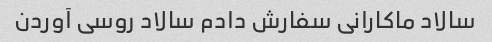
سالاد ماکارانی سفارش دادم سالاد روسی آوردن